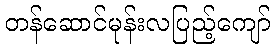
တန်ဆောင်မုန်းလပြည့်ကျော်